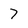
Character: 7